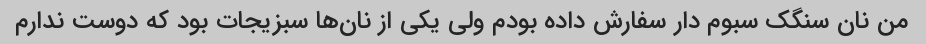
من نان سنگک سبوم دار سفارش داده بودم ولی یکی از نان‌ها سبزیجات بود که دوست ندارم